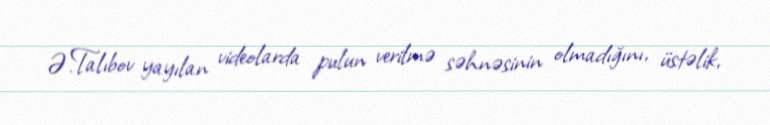
Ə.Talıbov yayılan videolarda pulun verilmə səhnəsinin olmadığını, üstəlik,